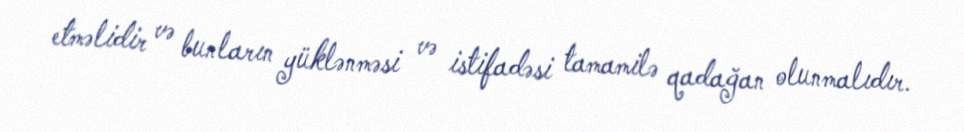
etməlidir və bunların yüklənməsi və istifadəsi tamamilə qadağan olunmalıdır.